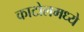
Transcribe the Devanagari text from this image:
काटोलमध्ये